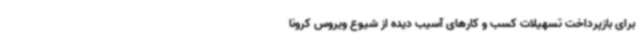
برای بازپرداخت تسهیلات کسب و کارهای آسیب دیده از شیوع ویروس کرونا